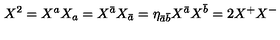
X ^ { 2 } = X ^ { a } X _ { a } = X ^ { \bar { a } } X _ { \bar { a } } = \eta _ { \bar { a } \bar { b } } X ^ { \bar { a } } X ^ { \bar { b } } = 2 X ^ { + } X ^ { - }